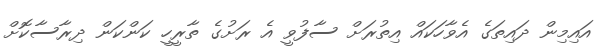
އައިމިން ދައިތަގެ އެވާހަކައް އިތުރަށް ސާފުވީ އެ ރަށުގެ ތާރީހީ ކަންކަން ދިރާސާކޮށް